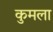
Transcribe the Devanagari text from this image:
कुमला